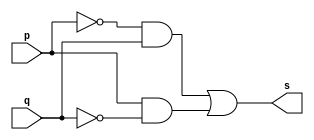
// -------------------------
// Exercicio 07 - XNOR Morgam
// Nome: Yousef
// -------------------------
// -------------------------
// -- Nor gate
// -------------------------
module xnorgate ( output s,
input p, q);
assign s = (~p & q)|(p & ~q);
endmodule // xnorgate
// ---------------------
// -- test or gate
// ---------------------
module testxnorgate;
// ------------------------- dados locais
reg a, b; // definir registradores
wire s; // definir conexao (fio)
// ------------------------- instancia
xnorgate NXOR1 (s, a, b);
// ------------------------- preparacao
initial begin:start
// atribuicao simultanea
// dos valores iniciais
a=0; b=0;
end
// ------------------------- parte principal
initial begin
$display("Exercicio 10 - Yousef - 441714");
$display("Test NXOR gate");
$display("\n(~a & b) | (a & ~b) = s\n");
$monitor("%b Y %b = %b", a, b, s);
#1a=0; b=0;
#1a=0; b=1;
#1a=1; b=0;
#1a=1; b=1;

end
endmodule // testxorgate